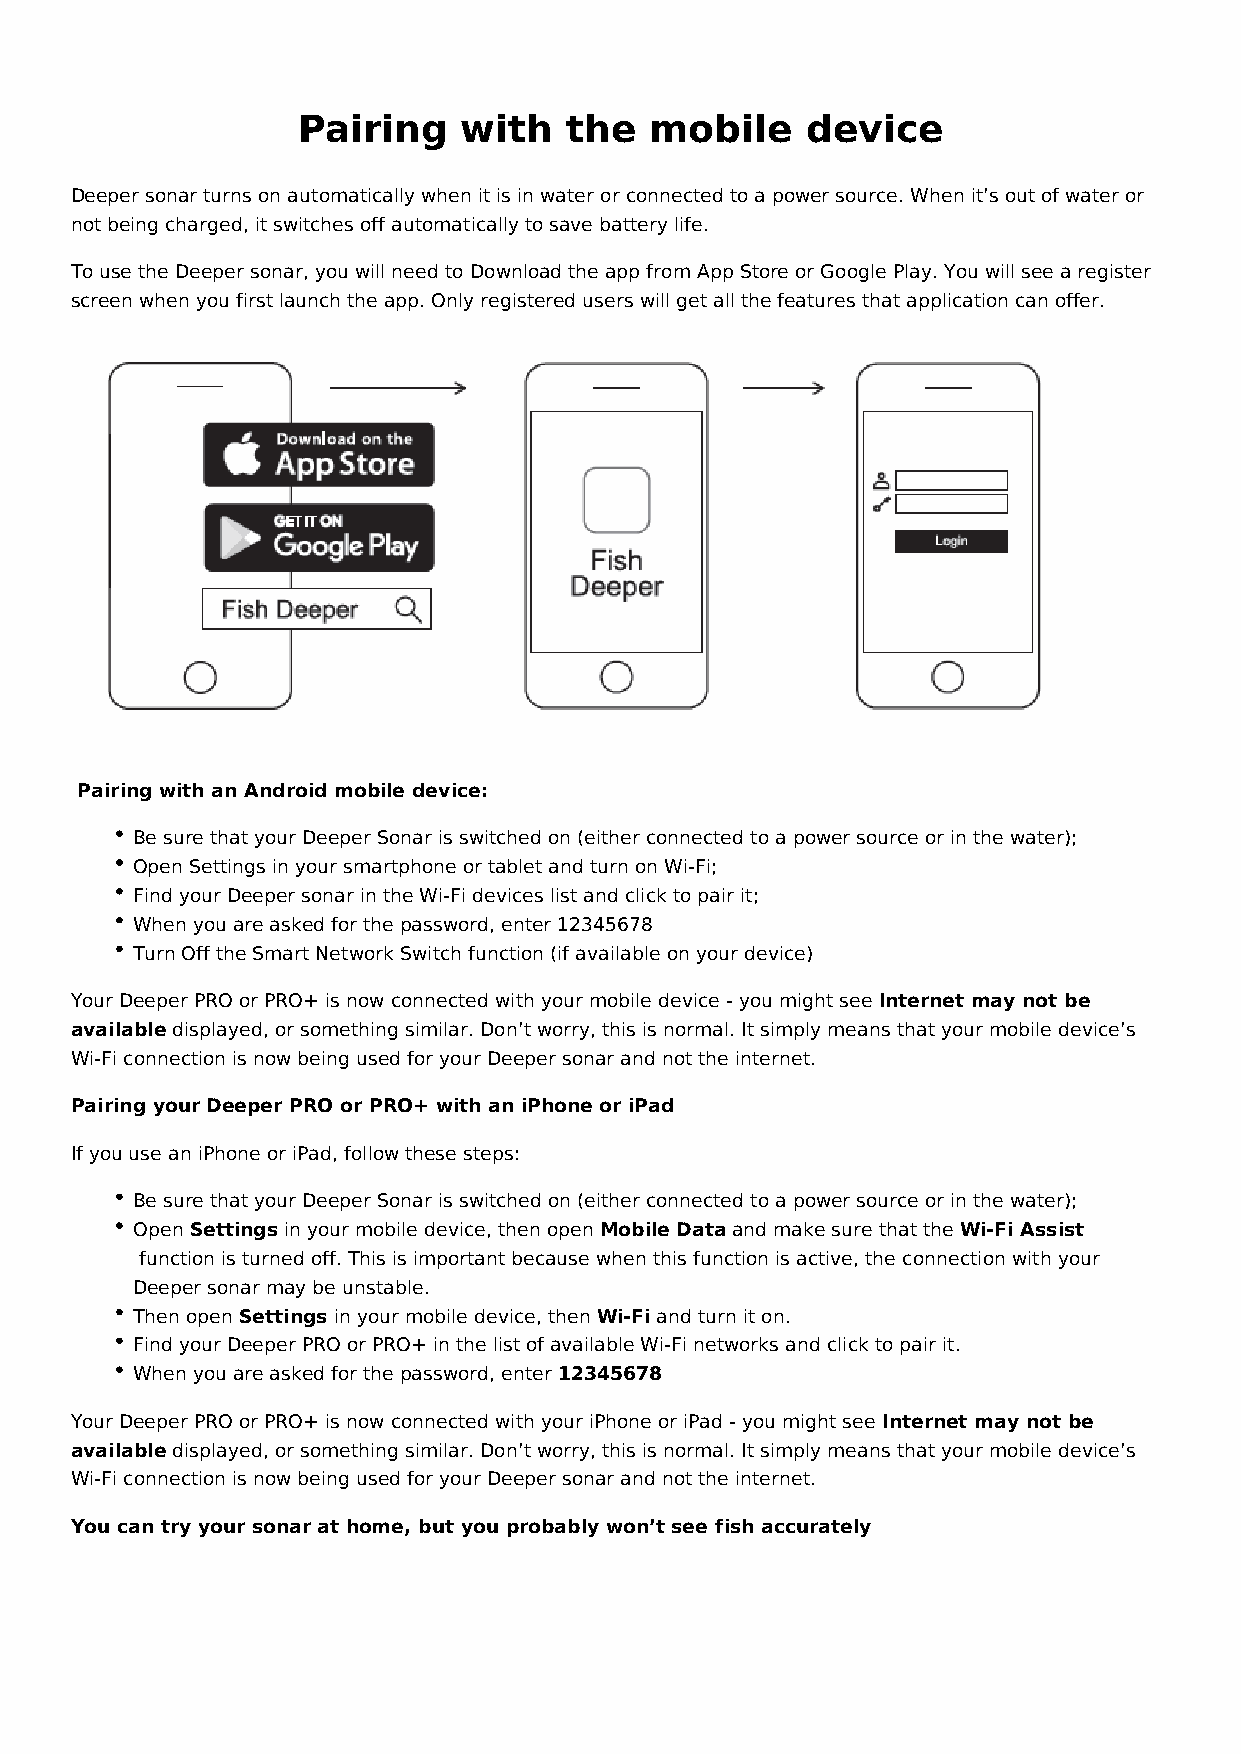
Pairing    with  the   mobile    device
 Deeper sonar turns on automatically when it is in water or connected to a power source. When it’s out of water or
 not being charged, it switches off automatically to save battery life.
 To use the Deeper sonar, you will need to Download the app from App Store or Google Play. You will see a register
 screen when you first launch the app. Only registered users will get all the features that application can offer.
 Pairing with an Android mobile device:
 Be sure that your Deeper Sonar is switched on (either connected to a power source or in the water);
 Open Settings in your smartphone or tablet and turn on Wi-Fi;
 Find your Deeper sonar in the Wi-Fi devices list and click to pair it;
 When you are asked for the password, enter 12345678
 Turn Off the Smart Network Switch function (if available on your device)
 Your Deeper PRO or PRO+ is now connected with your mobile device - you might see Internet may not be
 available displayed, or something similar. Don’t worry, this is normal. It simply means that your mobile device’s
 Wi-Fi connection is now being used for your Deeper sonar and not the internet.
 Pairing your Deeper PRO or PRO+ with an iPhone or iPad
 If you use an iPhone or iPad, follow these steps:
 Be sure that your Deeper Sonar is switched on (either connected to a power source or in the water);
 Open Settings in your mobile device, then open Mobile Data and make sure that the Wi-Fi Assist
 function is turned off. This is important because when this function is active, the connection with your
 Deeper sonar may be unstable.
 Then open Settings in your mobile device, then Wi-Fi and turn it on.
 Find your Deeper PRO or PRO+ in the list of available Wi-Fi networks and click to pair it.
 When you are asked for the password, enter 12345678
 Your Deeper PRO or PRO+ is now connected with your iPhone or iPad - you might see Internet may not be
 available displayed, or something similar. Don’t worry, this is normal. It simply means that your mobile device’s
 Wi-Fi connection is now being used for your Deeper sonar and not the internet.
 You can try your sonar at home, but you probably won’t see fish accurately